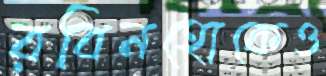
রবিনহোকেও